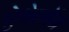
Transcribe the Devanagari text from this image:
ऐथेलॉन